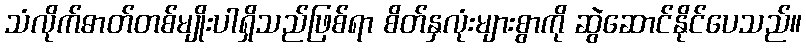
သံလိုက်ဓာတ်တစ်မျိုးပါရှိသည်ဖြစ်ရာ စိတ်နှလုံးများစွာကို ဆွဲဆောင်နိုင်ပေသည်။